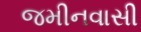
જમીનવાસી